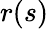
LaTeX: r(s)